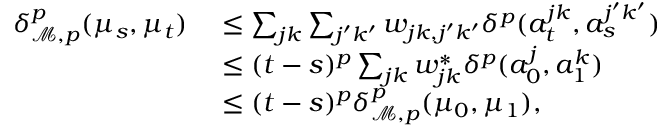
\begin{array} { r l } { \delta _ { \mathcal M , p } ^ { p } ( \mu _ { s } , \mu _ { t } ) \; } & { \le \sum _ { j k } \sum _ { j ^ { \prime } k ^ { \prime } } w _ { j k , j ^ { \prime } k ^ { \prime } } \delta ^ { p } ( a _ { t } ^ { j k } , a _ { s } ^ { j ^ { \prime } k ^ { \prime } } ) } \\ & { \le ( t - s ) ^ { p } \sum _ { j k } w _ { j k } ^ { * } \delta ^ { p } ( a _ { 0 } ^ { j } , a _ { 1 } ^ { k } ) } \\ & { \le ( t - s ) ^ { p } \delta _ { \mathcal M , p } ^ { p } ( \mu _ { 0 } , \mu _ { 1 } ) , } \end{array}